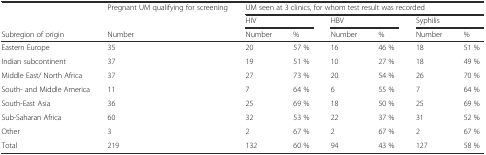
|  | Pregnant UM qualifying for screening | <COLSPAN=6> UM seen at 3 clinics, for whom test result was recorded |
 |  |  | <COLSPAN=2> HIV | <COLSPAN=2> HBV | <COLSPAN=2> Syphilis |
 | Subregion of origin | Number | Number | % | Number | % | Number | % |
 | --- | --- | --- | --- | --- | --- | --- | --- |
 | Eastern Europe | 35 | 20 | 57 % | 16 | 46 % | 18 | 51 % |
 | Indian subcontinent | 37 | 19 | 51 % | 10 | 27 % | 18 | 49 % |
 | Middle East/ North Africa | 37 | 27 | 73 % | 20 | 54 % | 26 | 70 % |
 | South- and Middle America | 11 | 7 | 64 % | 6 | 55 % | 7 | 64 % |
 | South-East Asia | 36 | 25 | 69 % | 18 | 50 % | 25 | 69 % |
 | Sub-Saharan Africa | 60 | 32 | 53 % | 22 | 37 % | 31 | 52 % |
 | Other | 3 | 2 | 67 % | 2 | 67 % | 2 | 67 % |
 | Total | 219 | 132 | 60 % | 94 | 43 % | 127 | 58 % |